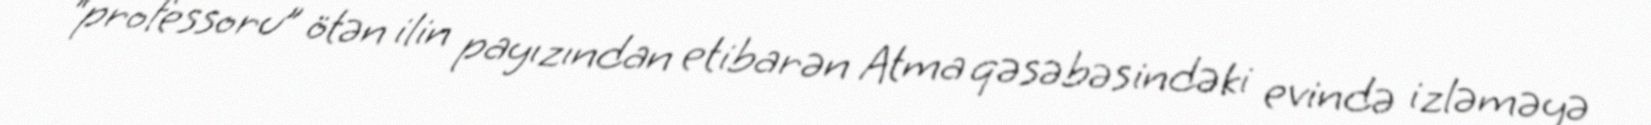
“professoru” ötən ilin payızından etibarən Atma qəsəbəsindəki evində izləməyə